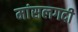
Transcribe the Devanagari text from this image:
मांसलगदी